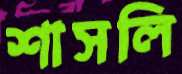
শাসলি